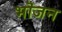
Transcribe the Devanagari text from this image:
भॊजन